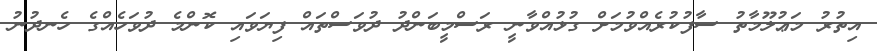
އިތުރު މަޢުލޫމާތު ސާފުކުރެއްވުމަށް ގުޅުއްވާނީ ރަސްމީބަންދު ދުވަސްތައް ފިޔަވައި ކޮންމެ ދުވަހެއްގެ ހެނދުނު